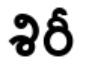
శిరీ